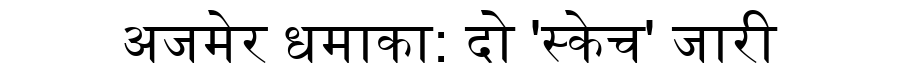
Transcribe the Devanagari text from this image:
अजमेर धमाका: दो 'स्केच' जारी